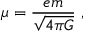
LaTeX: \mu = \frac { e m } { \sqrt { 4 \pi G } } \ ,